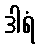
ဒါရံ